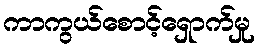
ကာကွယ်စောင့်ရှောက်မှု